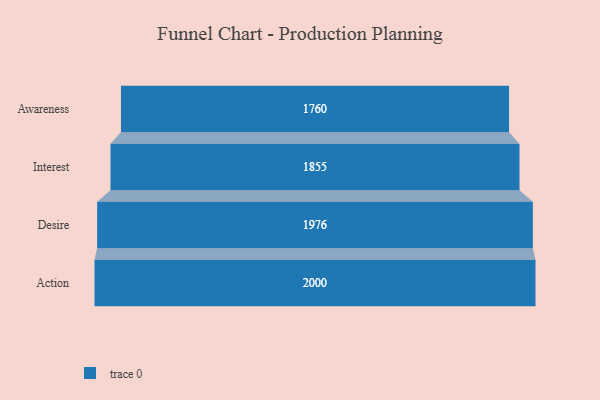
{"axis": {"x": "Stage", "y": "Value"}, "legend": [""], "data": [{"x": "Awareness", "y": 1760.0, "type": ""}, {"x": "Interest", "y": 1855.0, "type": ""}, {"x": "Desire", "y": 1976.0, "type": ""}, {"x": "Action", "y": 2000, "type": ""}]}